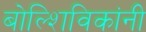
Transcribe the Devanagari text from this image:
बोल्शिविकांनी